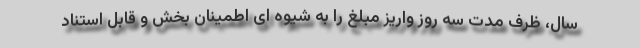
سال، ظرف مدت سه روز واریز مبلغ را به شیوه ای اطمینان بخش و قابل استناد